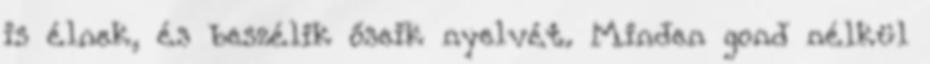
is élnek, és beszélik őseik nyelvét. Minden gond nélkül